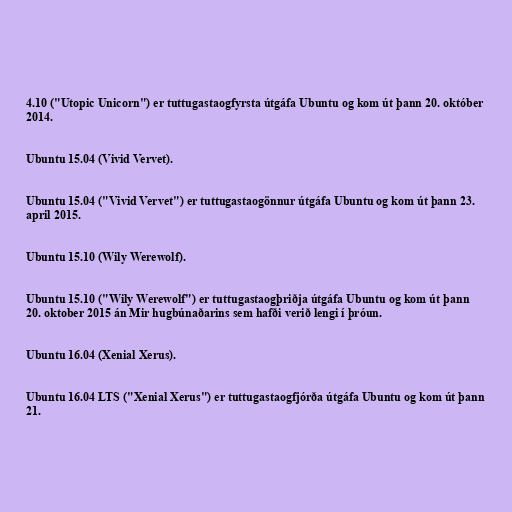
4.10 ("Utopic Unicorn") er tuttugastaogfyrsta útgáfa Ubuntu og kom út þann 20. október
2014.

Ubuntu 15.04 (Vivid Vervet).

Ubuntu 15.04 ("Vivid Vervet") er tuttugastaogönnur útgáfa Ubuntu og kom út þann 23.
april 2015.

Ubuntu 15.10 (Wily Werewolf).

Ubuntu 15.10 ("Wily Werewolf") er tuttugastaogþriðja útgáfa Ubuntu og kom út þann
20. oktober 2015 án Mir hugbúnaðarins sem hafði verið lengi í þróun.

Ubuntu 16.04 (Xenial Xerus).

Ubuntu 16.04 LTS ("Xenial Xerus") er tuttugastaogfjórða útgáfa Ubuntu og kom út þann
21.